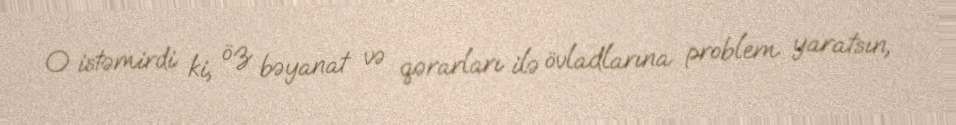
O istəmirdi ki, öz bəyanat və qərarları ilə övladlarına problem yaratsın,